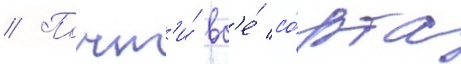
// Почт'и́ вс'е́ со́рта